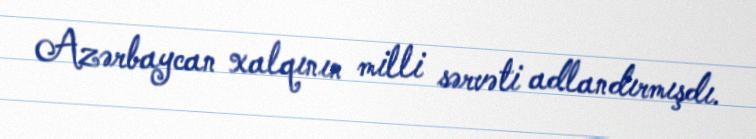
Azərbaycan xalqının milli sərvəti adlandırmışdı.